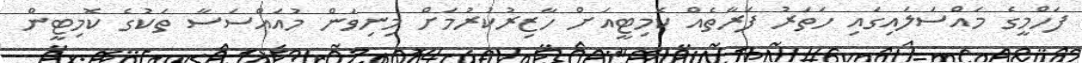
ފަހްމީގެ މައްސަލައިގައި ހަތަރު ފަރާތެއް ކޮމިޓީއަށް ހާޒިރުކުރުމަށް މިނިވަން މުއައްސަސާ ތަކުގެ ކޮމިޓީން